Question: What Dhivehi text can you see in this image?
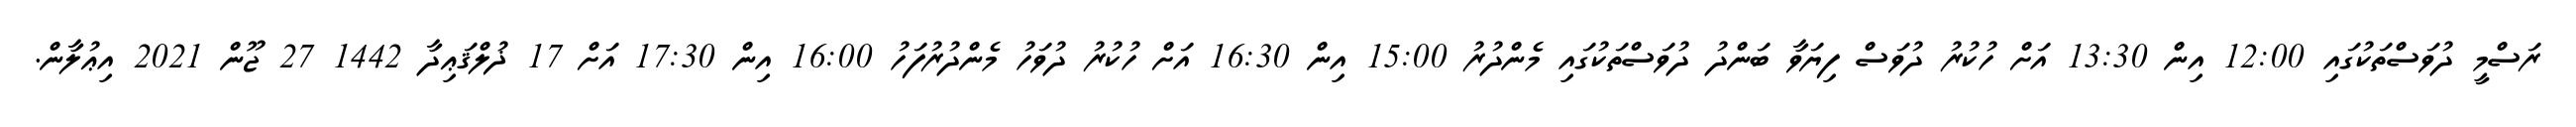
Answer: ރަސްމީ ދުވަސްތަކުގައި 12:00 އިން 13:30 އަށް ހުކުރު ދުވަސް ފިޔަވާ ބަންދު ދުވަސްތަކުގައި މެންދުރު 15:00 އިން 16:30 އަށް ހުކުރު ދުވަހު މެންދުރުފަހު 16:00 އިން 17:30 އަށް 17 ޛުލްޤަޢިދާ 1442 27 ޖޫން 2021 އިޢުލާން.